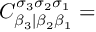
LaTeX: C _ { \beta _ { 3 } | \beta _ { 2 } \beta _ { 1 } } ^ { \sigma _ { 3 } \sigma _ { 2 } \sigma _ { 1 } } =